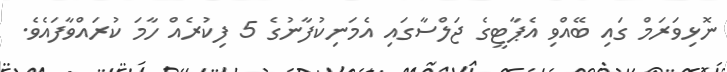
ނޮޅިވަރަމް ގައި ބޭއްވި އެޕާޓީގެ ޖަލްސާގައި އެމަނިކުފާނުގެ 5 ފިކުރެއް ހާމަ ކުރައްވާފައެވެ.